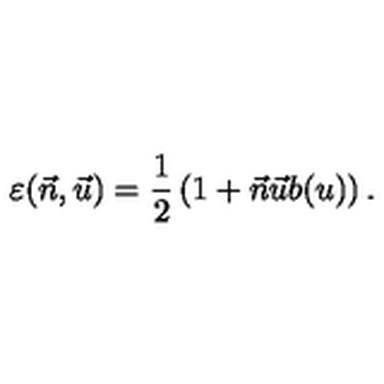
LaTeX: \varepsilon ( \vec { n } , \vec { u } ) = \frac { 1 } { 2 } \left( 1 + \vec { n } \vec { u } b ( u ) \right) .